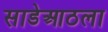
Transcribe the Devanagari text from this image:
साडेआठला